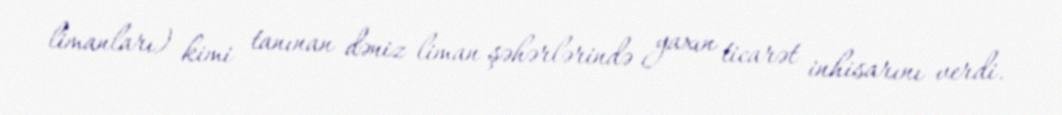
limanları) kimi tanınan dəniz liman şəhərlərində yaxın ticarət inhisarını verdi.